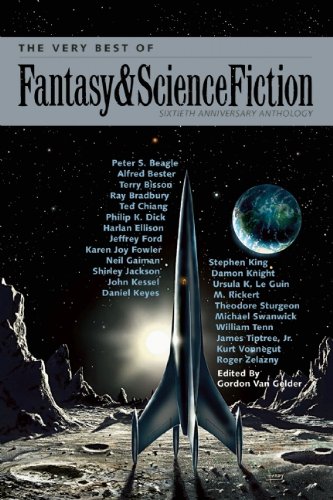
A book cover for The Very Best of Fantasy & Science Fiction: Anthology; Science Fiction & Fantasy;